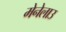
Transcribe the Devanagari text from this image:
मेनेलाउ